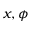
x , \phi